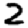
Digit: 2